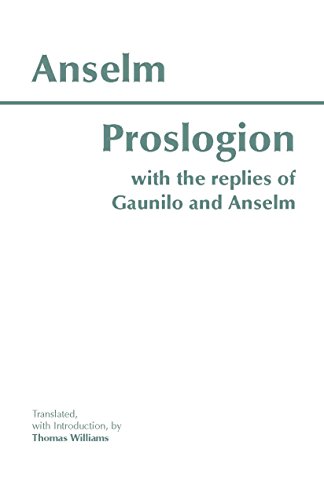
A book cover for Proslogion, with the Replies of Gaunilo and Anselm; Anselm; Politics & Social Sciences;